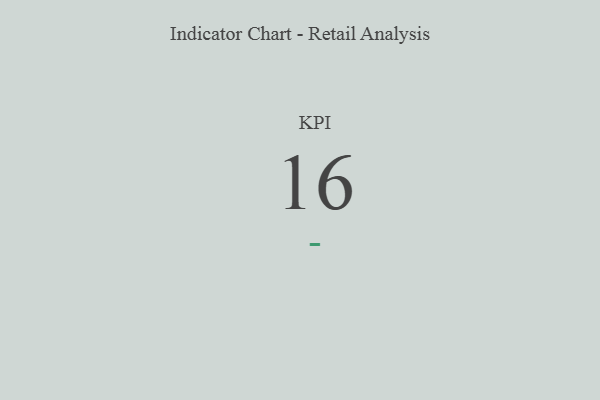
{"axis": {"x": "KPI", "y": "Value"}, "legend": [""], "data": [{"x": "KPI", "y": 16, "type": ""}]}